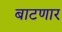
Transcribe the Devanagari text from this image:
बाटणार